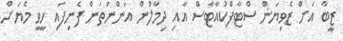
ޒީބާ އަށް ޒެވިޔަން ސްޓާފްކުއާޓާސް އާއި ދިމާލުން އަންނަތަން ފެނިފައި ހީވީ މެޔަށް